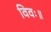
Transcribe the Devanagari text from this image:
विवः॥